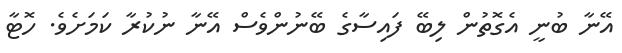
އޭނާ ބުނީ އެގޮތުން ލިބޭ ފައިސާގެ ބޭނުންވެސް އޭނާ ނުކުރާ ކަމަށެވެ. ހޮޓާ